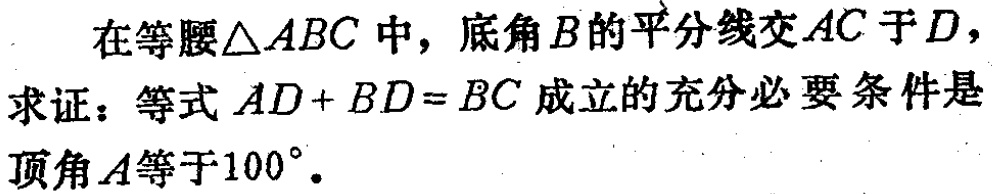
在等腰\(\triangle ABC\)中，底角\(B\)的平分线交\(AC\)于\(D\)，
求证：等式\(AD + BD = BC\)成立的充分必要条件是
顶角\(A\)等于\(100^{\circ}\)。